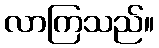
လာကြသည်။